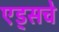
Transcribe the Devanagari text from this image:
एड्‌सचे